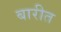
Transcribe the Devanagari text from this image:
बारीत